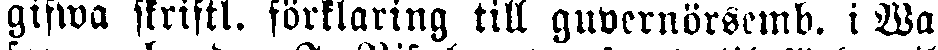
gifwa skriftl. förklaring till guvernörsemb. i Wa-